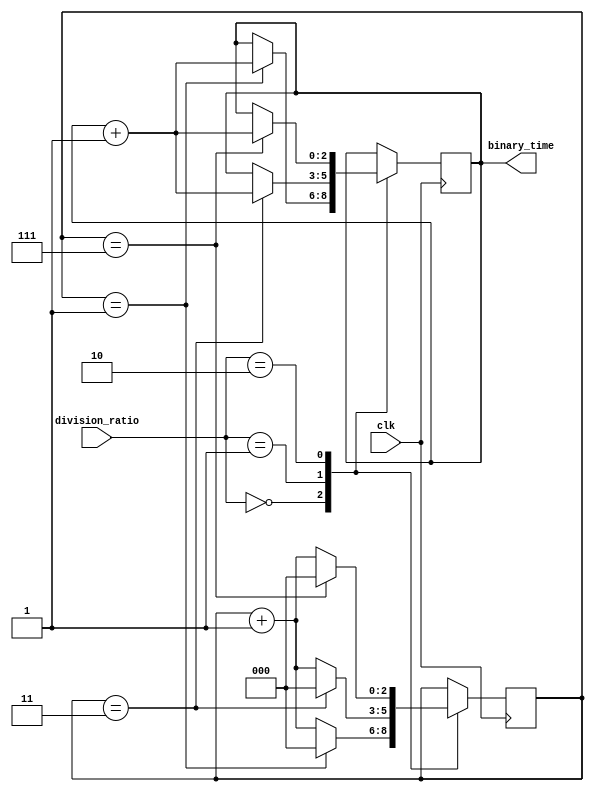
module clock_divider (
    input wire clk,
    input wire [2:0] division_ratio,
    output reg [2:0] binary_time
);

reg [2:0] counter;

always @(posedge clk) begin
    case(division_ratio)
        3'b000: begin // divide by 2
            counter <= counter + 1;
            if(counter == 1) begin
                binary_time <= binary_time + 1;
                counter <= 0;
            end
        end
        3'b001: begin // divide by 4
            counter <= counter + 1;
            if(counter == 3) begin
                binary_time <= binary_time + 1;
                counter <= 0;
            end
        end
        3'b010: begin // divide by 8
            counter <= counter + 1;
            if(counter == 7) begin
                binary_time <= binary_time + 1;
                counter <= 0;
            end
        end
        default: begin
            // default behavior
        end
    endcase
end

endmodule